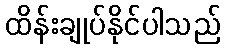
ထိန်းချုပ်နိုင်ပါသည်